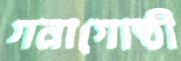
গনাগোষ্ঠী